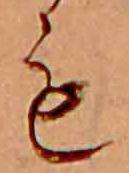
も